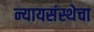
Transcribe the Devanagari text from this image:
न्यायसंस्थेचा